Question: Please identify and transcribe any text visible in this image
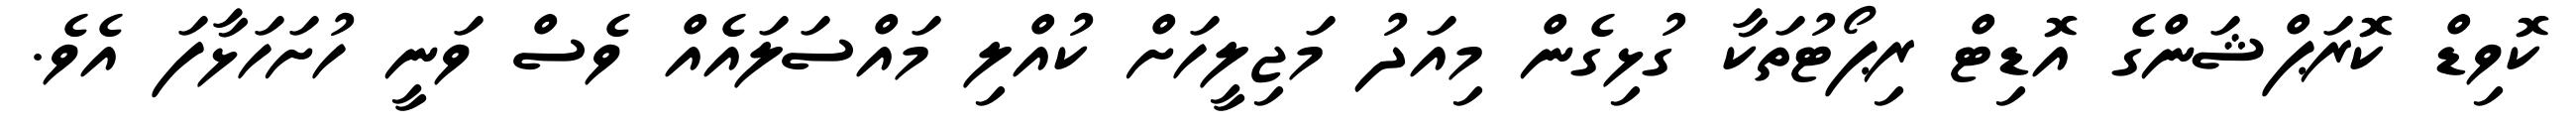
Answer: ކޮވިޑް ކޮރަޕްޝަންގެ އޮޑިޓް ރިޕޯޓުތަކާ ގުޅިގެން މިއަދު މަޖިލީހަށް ކުއްލި މައްސަލައެއް ވެސް ވަނީ ހުށަހަޅާފަ އެވެ.